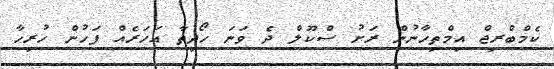
ކެމްބްރިޖް އިމްތިހާނުން ރަށު ސްކޫލް ދެ ވަނަ ހޯދިތާ އަހަރެއް ފަހުން ހުރިހާ